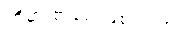
ဟိုမှာ စာရေးဖြစ်ရဲ့လား